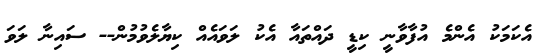
އެކަމަކު އެންމެ އުފާވާނީ ކިޑީ ދައްތައާ އެކު ލަވައެއް ކިޔާލެވުމުން-- ސައިނާ ލަވަ